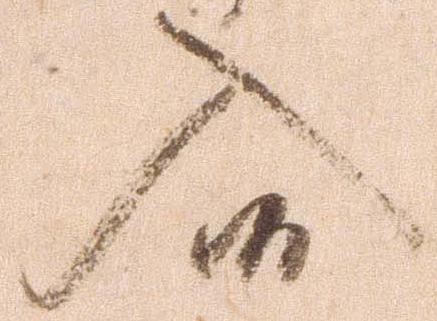
入